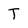
Character: T